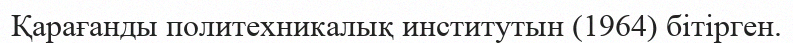
Қарағанды политехникалық институтын (1964) бітірген.